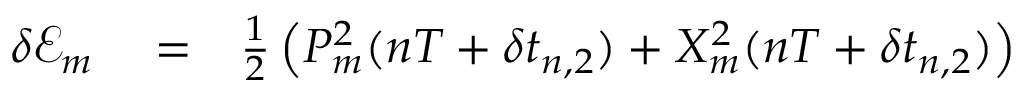
\begin{array} { r l r } { \delta \mathcal { E } _ { m } } & { { } = } & { \frac { 1 } { 2 } \left( P _ { m } ^ { 2 } ( n T + \delta t _ { n , 2 } ) + X _ { m } ^ { 2 } ( n T + \delta t _ { n , 2 } ) \right) } \end{array}